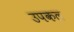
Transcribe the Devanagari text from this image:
उपकल